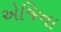
એજિના